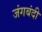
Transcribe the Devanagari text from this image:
जंगबंदी